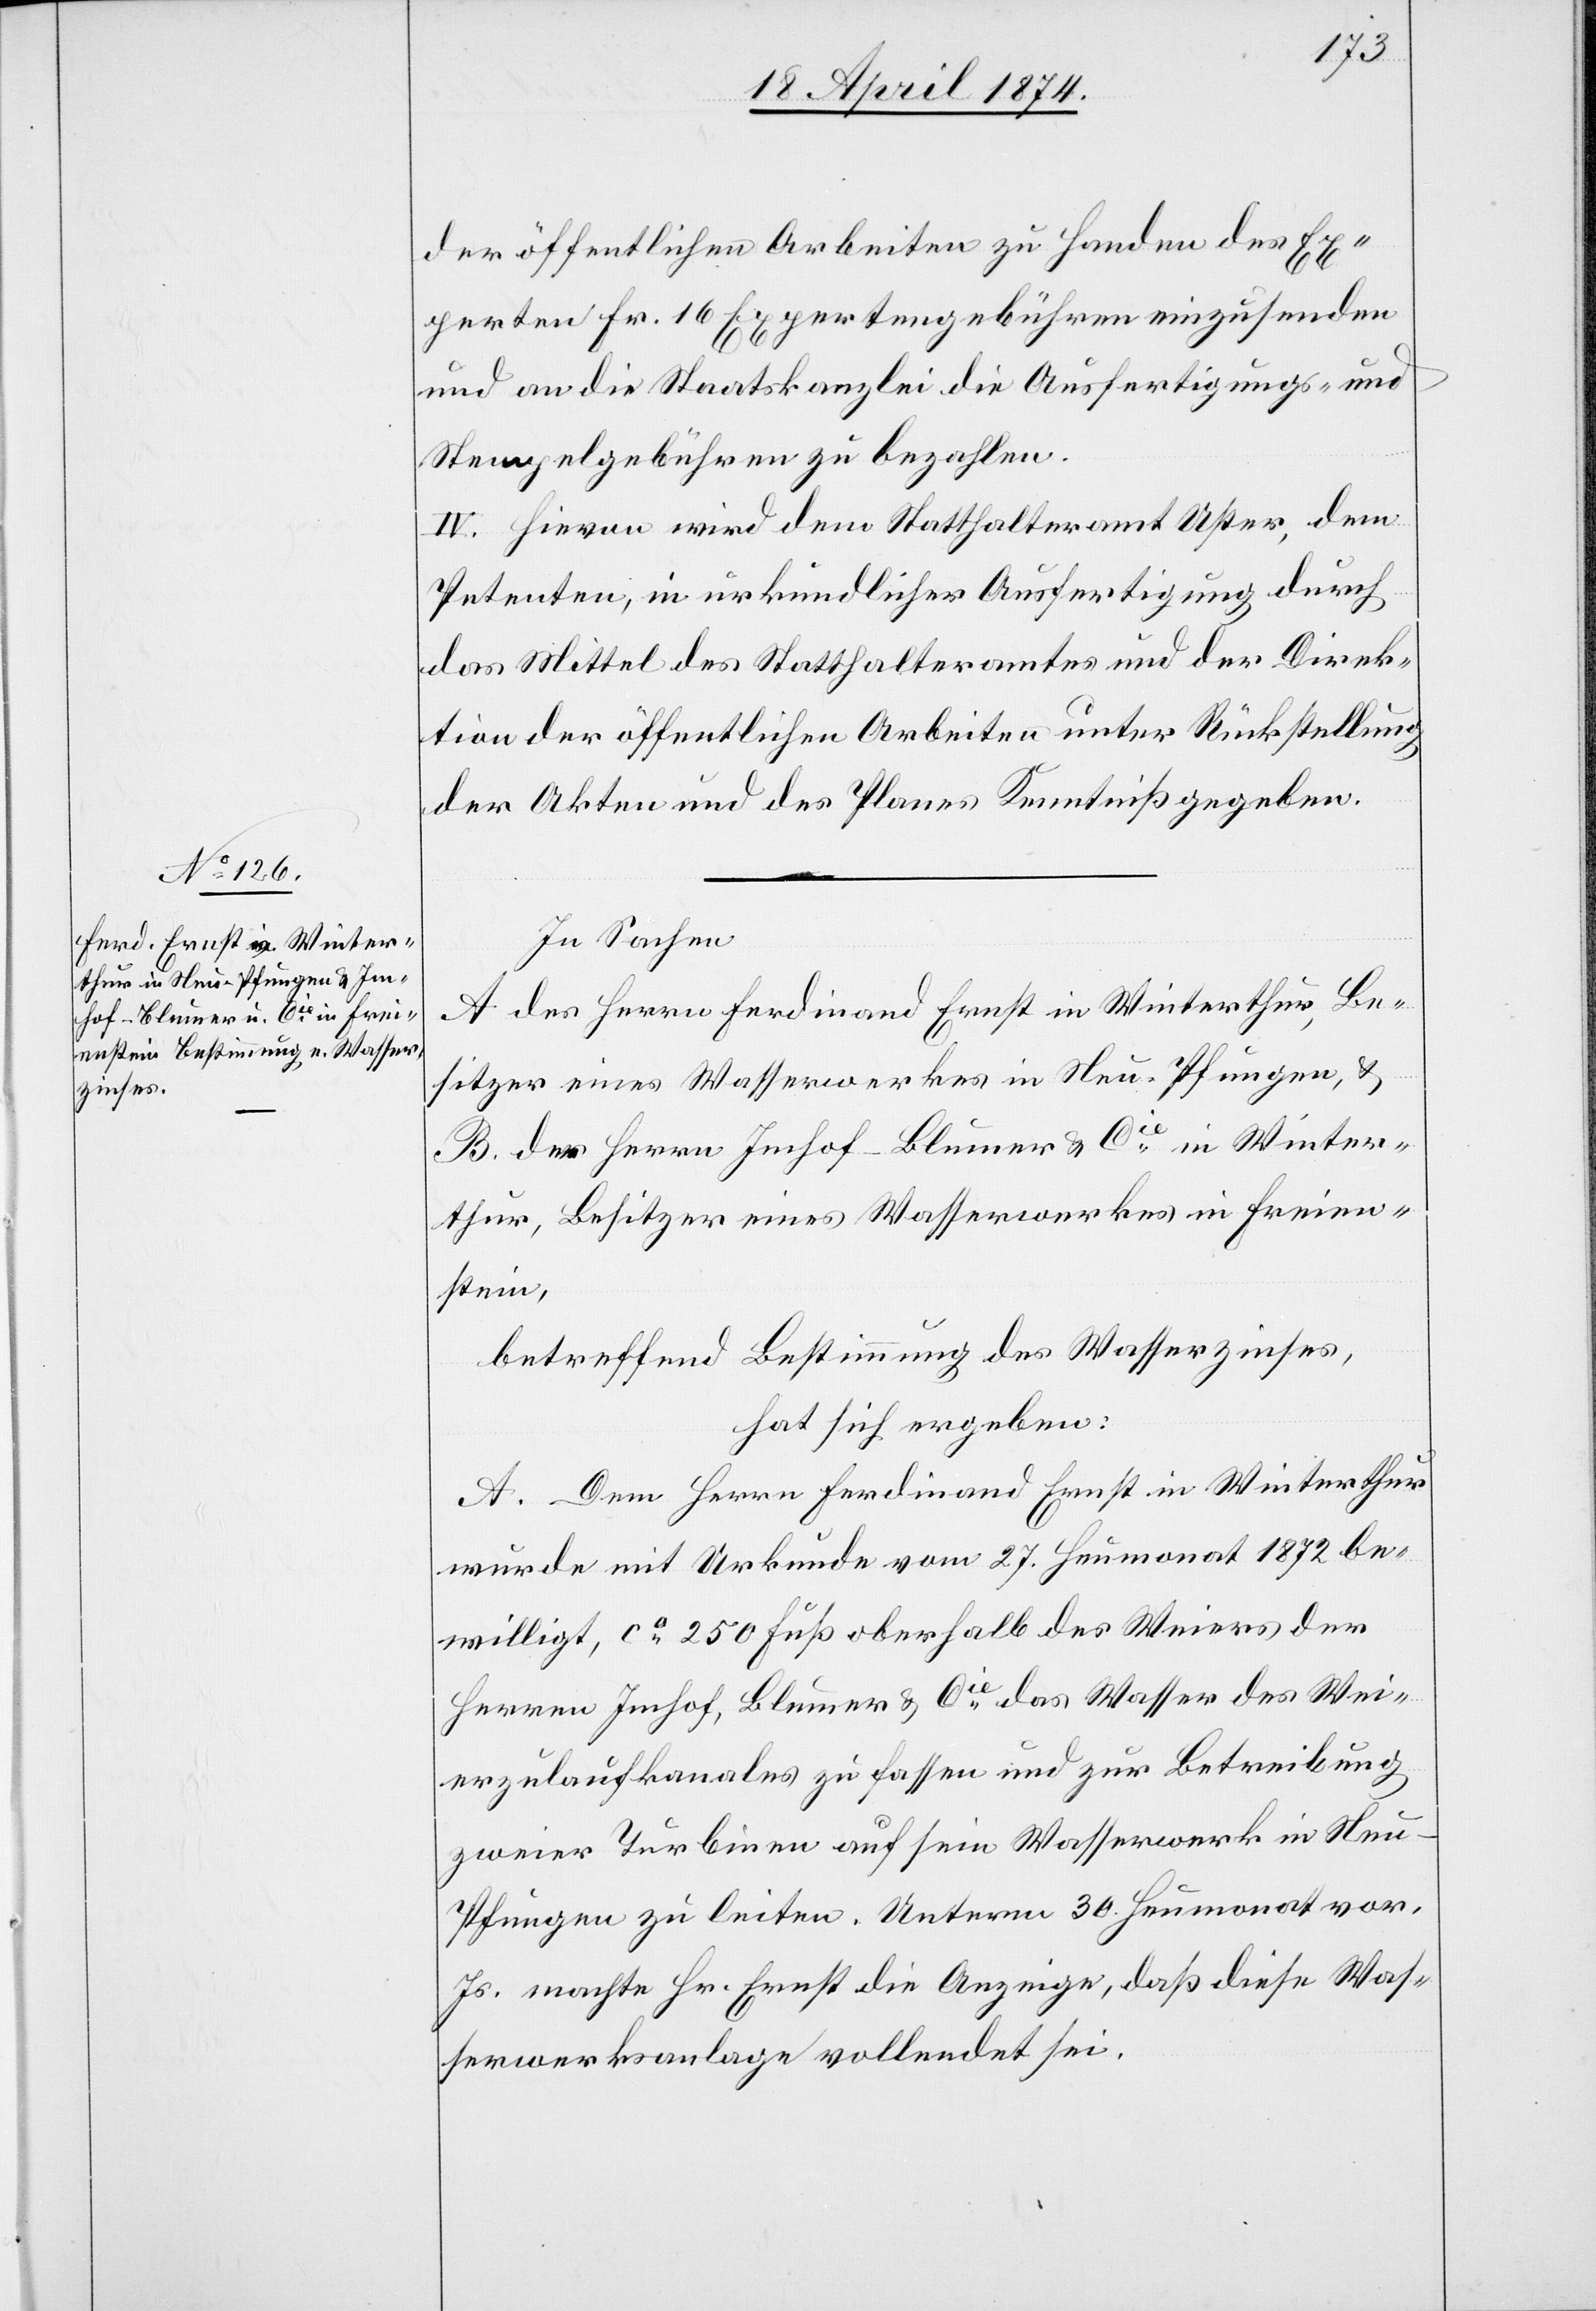
der öffentlichen Arbeiten zu Handen des Ex¬
perten Fr. 16 Expertengebühren einzusenden
und an die Staatskanzlei die Ausfertigungs- und
Stempelgebühren zu bezahlen.
IV. Hievon wird dem Statthalteramt Uster, dem
Petenten, in urkundlicher Ausfertigung durch
das Mittel des Statthalteramtes und der Direk¬
tion der öffentlichen Arbeiten unter Rückstellung
der Akten und des Planes Kenntniß gegeben.
In Sachen
A des Herrn Ferdinand Ernst in Winterthur, Be¬
sitzer eines Wasserwerkes in Neu-Pfungen, u.
B des Herrn Imhof-Blumer u. Cie in Winter¬
thur, Besitzer eines Wasserwerkes in Freien¬
stei¬
n,betreffend Bestimmung des Wasserzinses,
hat sich ergeben:
A. Dem Herrn Ferdinand Ernst in Winterthur
wurde mit Urkunde vom 27. Heumonat 1872 be¬
willigt, ca 250 Fuß oberhalb des Weiers der
Herren Imhof, Blumer u. Cie das Wasser des Wei¬
erzulaufkanales zu fassen und zur Betreibung
zweier Turbinen auf sein Wasserwerk in Neu-P¬
fungen zu leiten. Unterm 30. Heumonat vor.
Js. machte Hr. Ernst die Anzeige, daß diese Was¬
serwerksanlage vollendet sei.